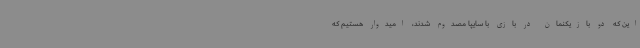
این که دو بازیکنمان در بازی با سایپا مصدوم شدند، امیدوار هستیم که